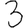
Digit: 3